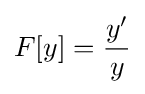
F[y]={\frac {y'}{y}}